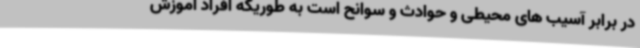
در برابر آسیب های محیطی و حوادث و سوانح است به طوریکه افراد آموزش